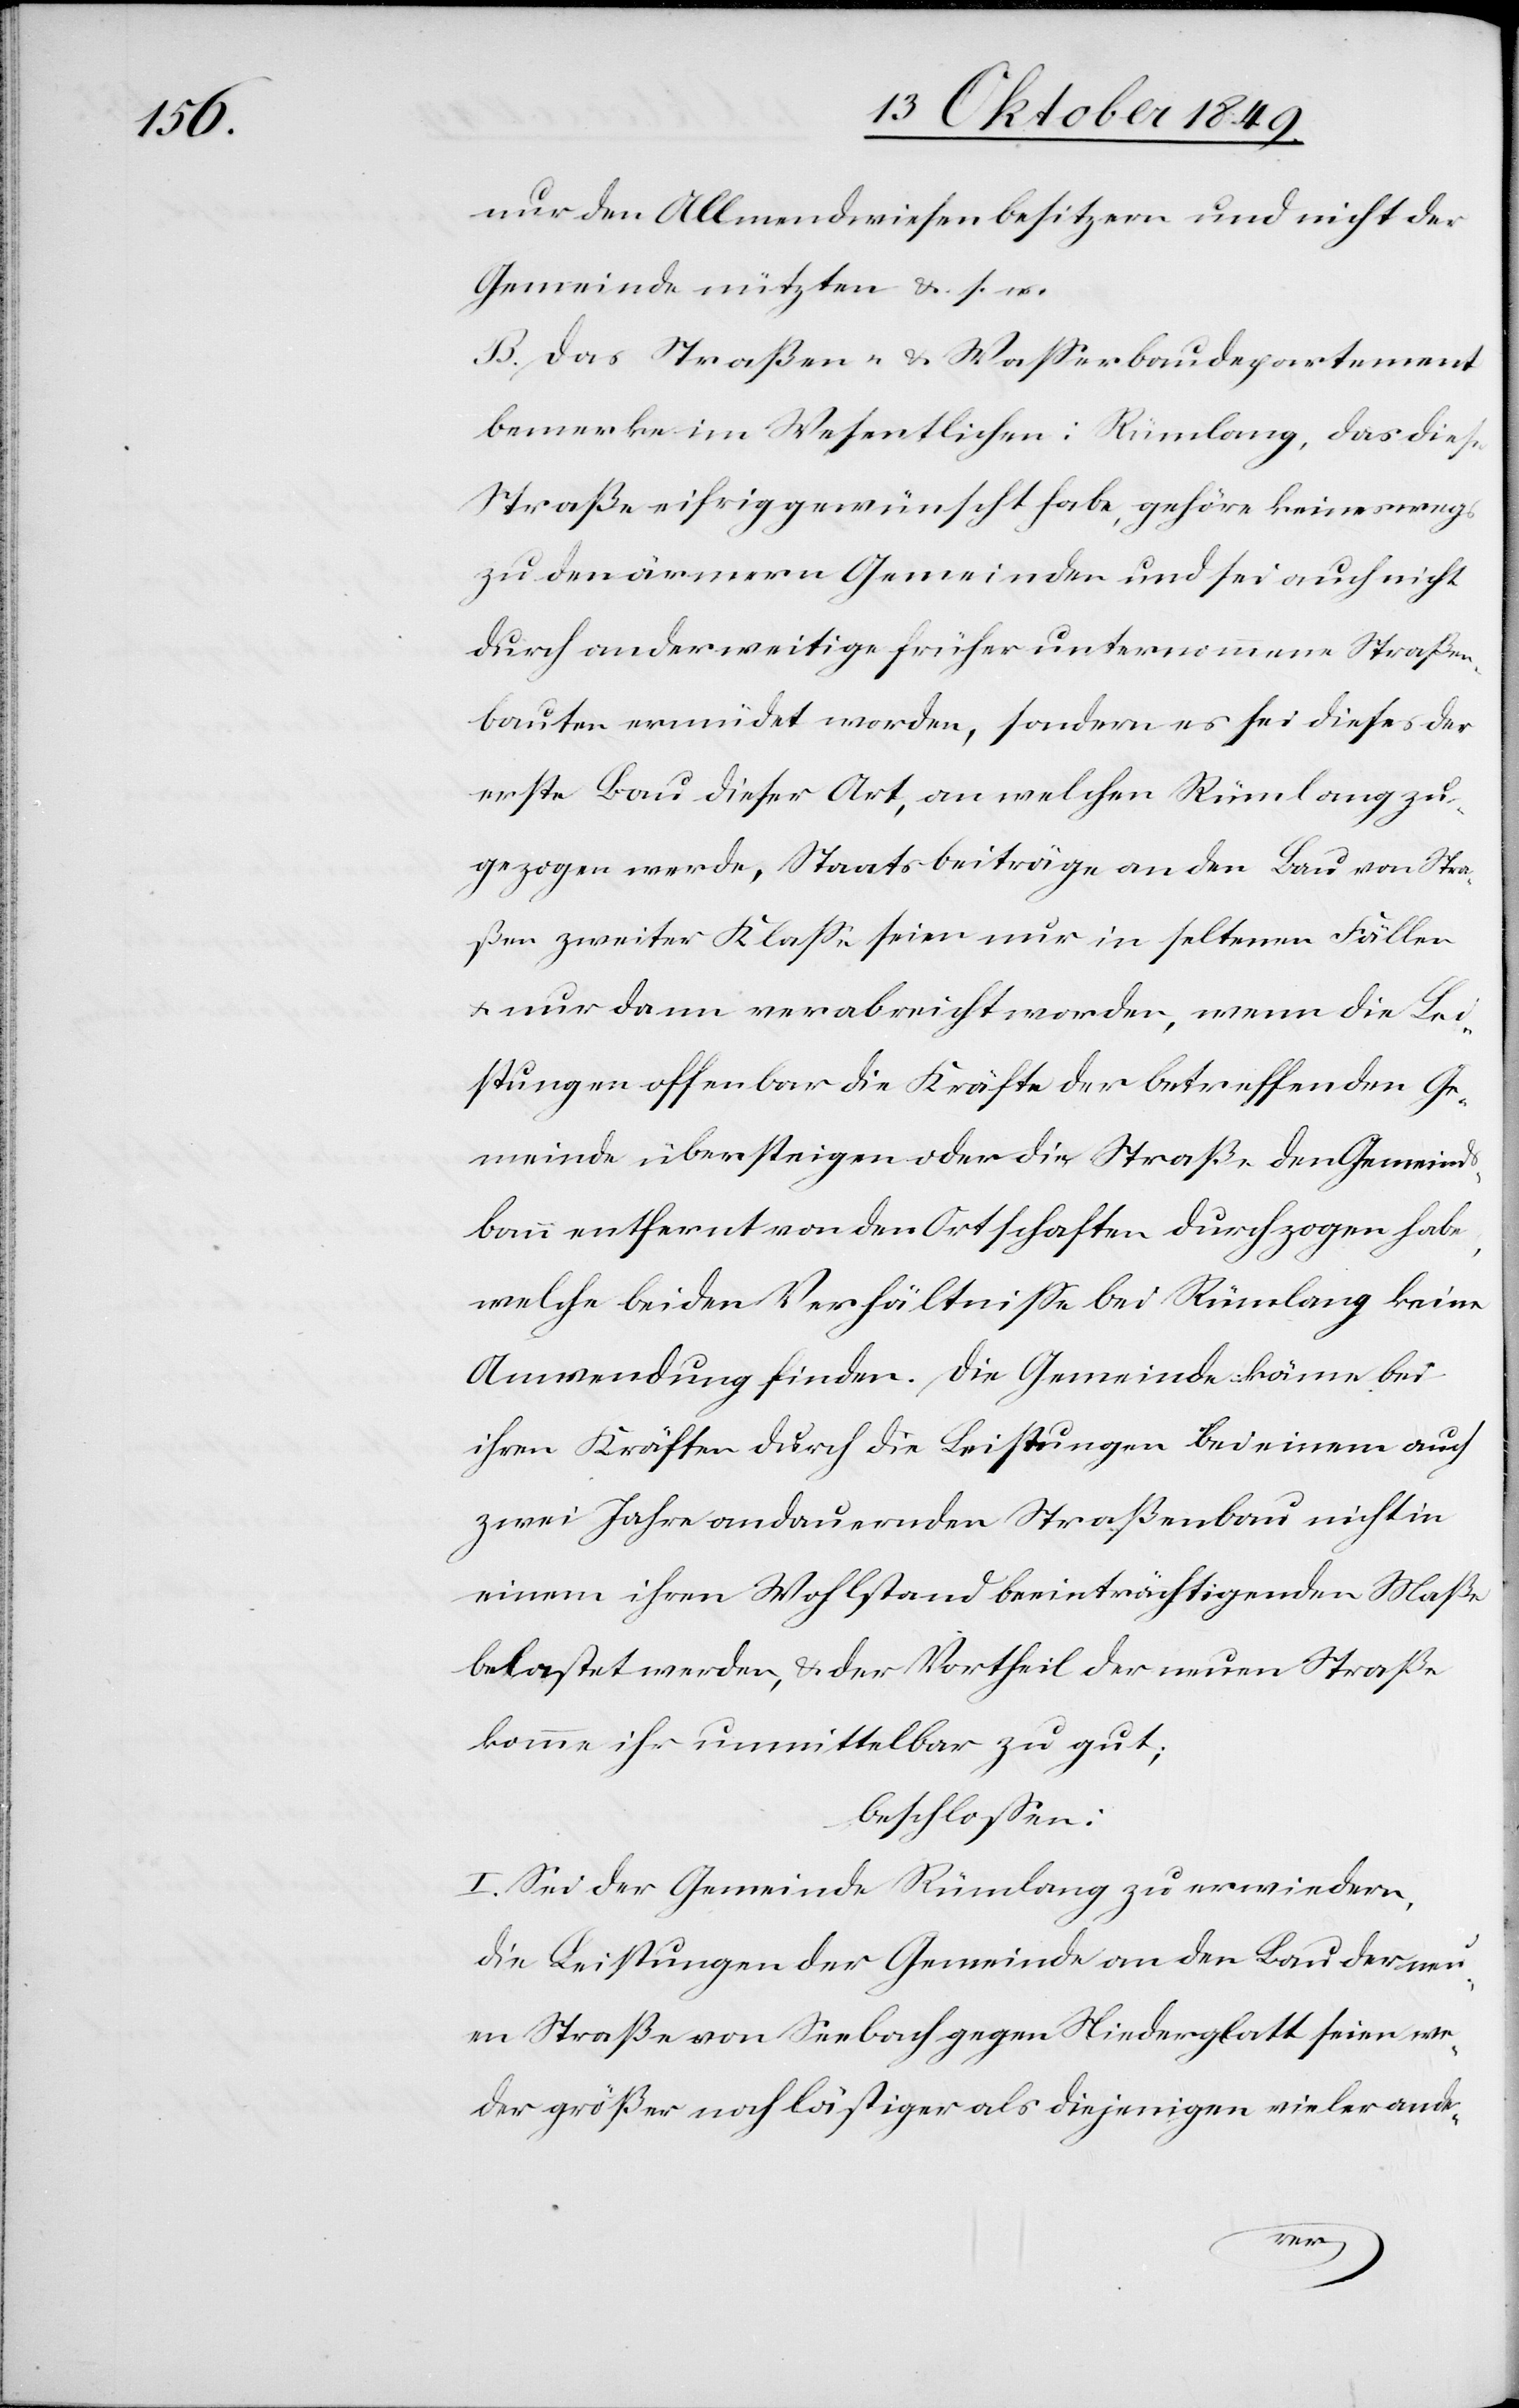
nur den Allmendwiesenbesitzern und nicht der
Gemeinde nützten u. s. w.
B. Das Straßen- u. Waßerbaudepartement
bemerke im Wesentlichen: Rümlang, das diese
Straße eifrig gewünscht habe, gehöre keineswegs
zu den ärmern Gemeinden und sei auch nicht
durch anderweitige früher unternommene Straßen¬
bauten ermüdet worden, sondern es sei dieses der
erste Bau dieser Art, an welchen Rümlang zu¬
gezogen werde, Staatsbeiträge an den Bau von Stra¬
ßen zweiter Klaße seien nur in seltenen Fällen
u. nur dann verabreicht worden, wenn die Lei¬
stungen offenbar die Kräfte der betreffenden Ge¬
meinde übersteigen oder die Straße den Gemeinds¬
bann entfernt von den Ortschaften durchzogen habe,
welche beiden Verhältnißen bei Rümlang keine
Anwendung finden. Die Gemeinde könne bei
ihren Kräften durch die Leistungen bei einem auch
zwei Jahre andauernden Straßenbau nicht in
einem ihrem Wohlstand beeinträchtigenden Maße
belastet werden, u. der Vortheil der neuen Straße
komme ihr unmittelbar zu gut;
beschloßen:
I. Sei der Gemeinde Rümlang zu erwiedern,
die Leistungen der Gemeinde an den Bau der neu¬
en Straße von Seebach gegen Niederglatt seien we¬
der größer noch lästiger als diejenigen vieler ande-